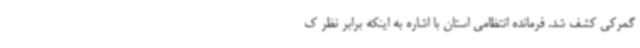
گمرکی کشف شد. فرمانده انتظامی استان با اشاره به اینکه برابر نظر ک